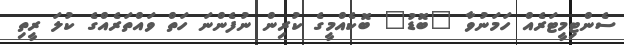
ސެންޓިމީޓަރެއް ހަމަނުވާ "ބޮޑު" ބޮކެއްމީގެ ކުރިން ނުފެންނަ ހަތް ވައްތަރެއްގެ ކުލަ ރީތި